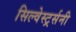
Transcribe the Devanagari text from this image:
सिल्वेस्टर्र्सनी